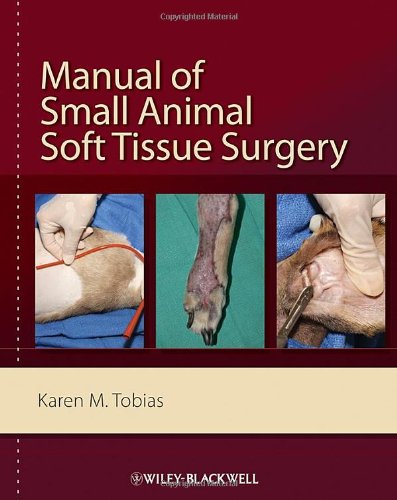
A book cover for Manual of Small Animal Soft Tissue Surgery; Karen M. Tobias; Medical Books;